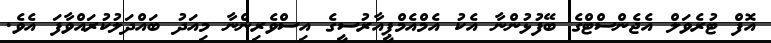
އޮފް ޓުރެވަލް އެޖެންސްޓްގެ ބޭފުޅުންނާ އެކު އެމްއެމްޕީއާރުސީގެ އިސްވެރިންނާ މިއަދު ބައްދަލުކުރައްވާފަ އެވެ.